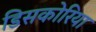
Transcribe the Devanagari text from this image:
डिसकोरिया